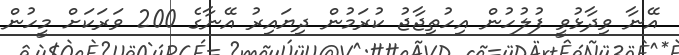
އޭނާ ވިދާޅުވީ ފުލުހުން އިހުތިޖާޖު ކުރަމުން ދިޔައިރު އޭނާގެ 200 ވަރަކަށް މީހުން